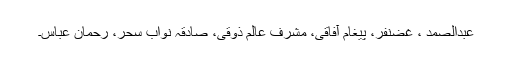
عبدالصمد ، غضنفر، پیغام آفاقی، مشرف عالم ذوقی، صادقہ نواب سحر، رحمان عباس۔